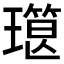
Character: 𰢔